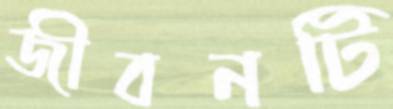
জীবনটি